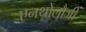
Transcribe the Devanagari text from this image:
एनथोलौजी